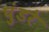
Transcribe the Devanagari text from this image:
घुंडरे